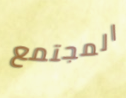
المجتمع